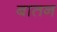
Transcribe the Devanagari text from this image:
बातन